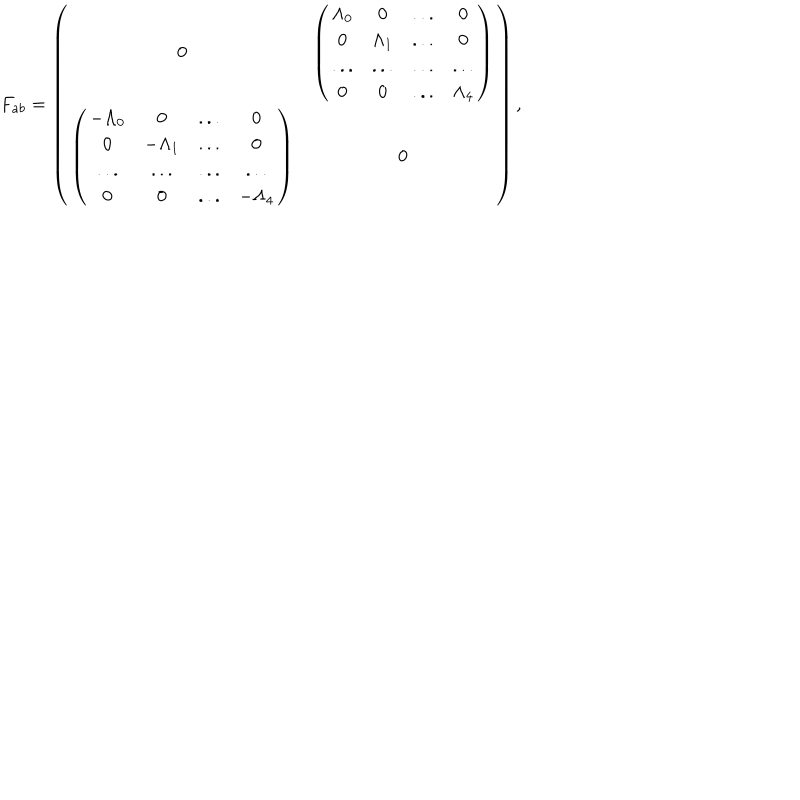
LaTeX: F _ { a b } = \left( \begin{matrix} { { 0 } } & { { \left( \begin{matrix} { { \Lambda _ { 0 } } } & { { 0 } } & { { . . . } } & { { 0 } } \\ { { 0 } } & { { \Lambda _ { 1 } } } & { { . . . } } & { { 0 } } \\ { { . . . } } & { { . . . } } & { { . . . } } & { { . . . } } \\ { { 0 } } & { { 0 } } & { { . . . } } & { { \Lambda _ { 4 } } } \\ \end{matrix} \right) } } \\ { { \left( \begin{matrix} { { - \Lambda _ { 0 } } } & { { 0 } } & { { . . . } } & { { 0 } } \\ { { 0 } } & { { - \Lambda _ { 1 } } } & { { . . . } } & { { 0 } } \\ { { . . . } } & { { . . . } } & { { . . . } } & { { . . . } } \\ { { 0 } } & { { 0 } } & { { . . . } } & { { - \Lambda _ { 4 } } } \\ \end{matrix} \right) } } & { { 0 } } \\ \end{matrix} \right) ,